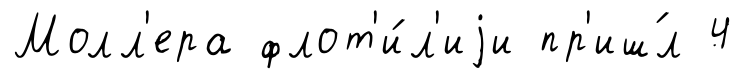
Молл'ера флот'и́л'иjи пр'иш́л 4